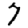
Digit: 7